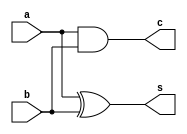
`timescale 1ns / 1ps
//////////////////////////////////////////////////////////////////////////////////
// Company: 
// Engineer: 
// 
// Design Name: 
// Module Name: halfadder
// Project Name: 
// Target Devices: 
// Tool Versions: 
// Description: 
// 
// Dependencies: 
// 
// Revision:
// Revision 0.01 - File Created
// Additional Comments:
// 
//////////////////////////////////////////////////////////////////////////////////

// MODULE FOR HALF ADDER

module HA(input a,b, output s,c); 
  xor (s,a,b);
  and (c,a,b);
endmodule